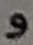
و